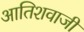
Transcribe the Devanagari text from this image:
आतिशवाजी